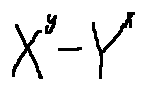
X ^ { y } - Y ^ { x }